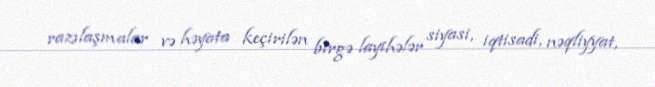
razılaşmalar və həyata keçirilən birgə layihələr siyasi, iqtisadi, nəqliyyat,